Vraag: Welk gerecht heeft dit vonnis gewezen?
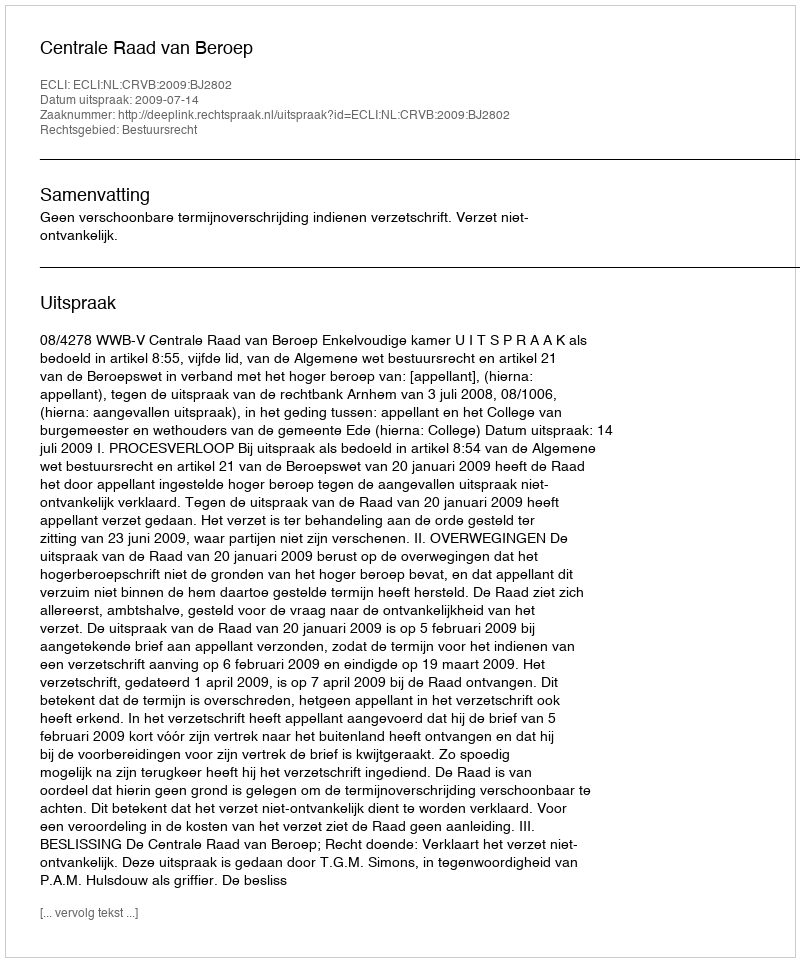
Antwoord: Centrale Raad van Beroep